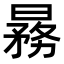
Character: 𬁒